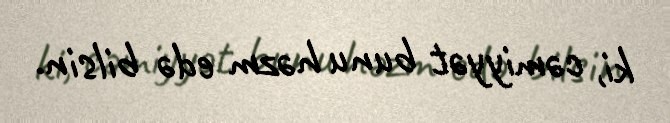
ki, cəmiyyət bunu həzm edə bilsin.